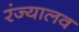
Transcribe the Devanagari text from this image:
रंज्यालव